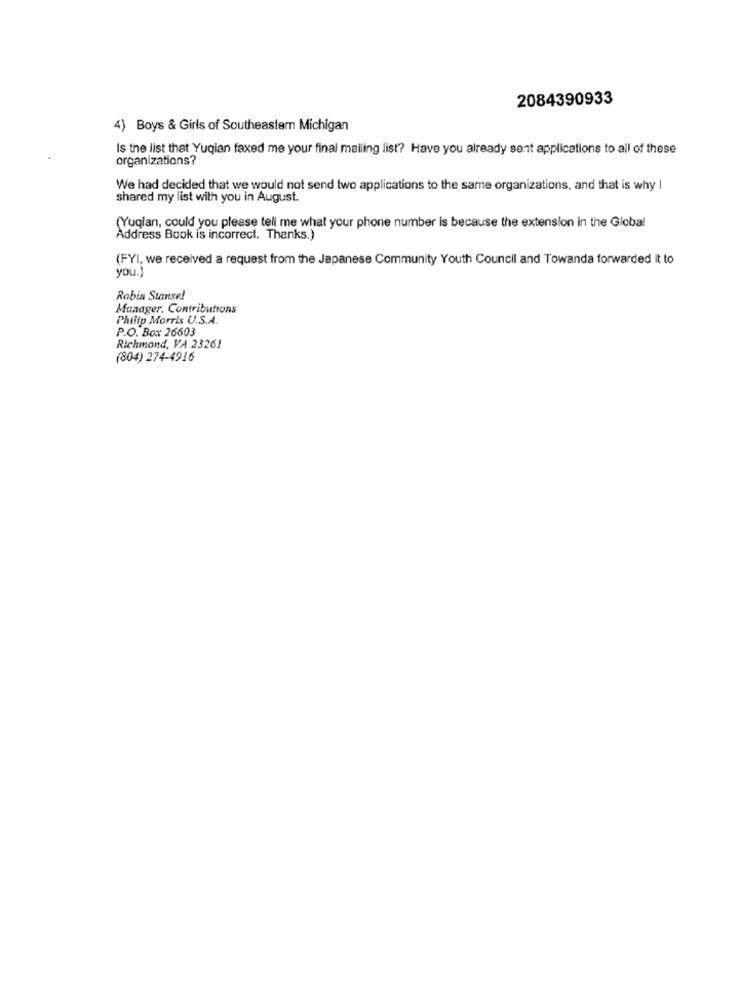
2084390933
4) Boys & Girls of Southeastern Michigan
Is the list that Yuqian faxed me your final mailing list? Have you already sent applications to all of these
organizations?
We had decided that we would not send two applications to the same organizations, and that is why I
shared my list with you in August.
(Yuqian, could you please tell me what your phone number is because the extension in the Global
Address Book is incorrect. Thanks.)
(FYI, we received a request from the Japanese Community Youth Council and Towanda forwarded it to
you.)
Robin Stanse!
Manager. Contributions
Philip Morris U.S.A.
P.O. Box 26603
Richmond, VA 23261
(804) 274-4916